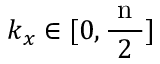
k _ { x } \in [ 0 , \frac { \mathrm { ~ n ~ } } { 2 } ]